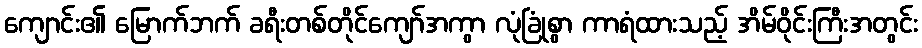
ကျောင်း၏ မြောက်ဘက် ခရီးတစ်တိုင်ကျော်အကွာ လုံခြုံစွာ ကာရံထားသည့် အိမ်ဝိုင်းကြီးအတွင်း